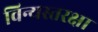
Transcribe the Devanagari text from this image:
विन्यस्तरक्षा